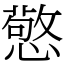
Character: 憼